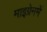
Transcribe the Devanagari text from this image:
माइग्रेनमें